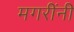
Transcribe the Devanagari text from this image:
मगरींनी